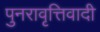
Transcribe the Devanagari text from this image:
पुनरावृत्तिवादी